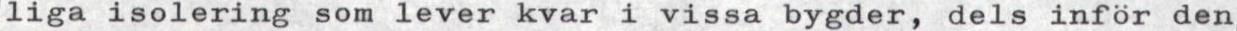
liga isolering som lever kvar i vissa bygder, dels inför den